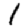
Digit: 1